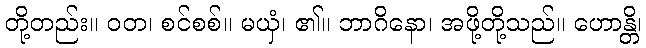
တို့တည်း။ ဝတ၊ စင်စစ်။ မယှံ၊ ၏။ ဘာဂိနော၊ အဖို့တို့သည်။ ဟောန္တိ၊